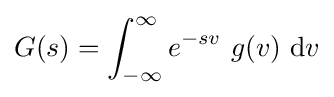
G(s)=\int _{-\infty }^{\infty }e^{-sv}\ g(v)\ {\text{d}}v